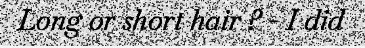
Long or short hair ? - I did